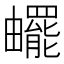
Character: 𤳸